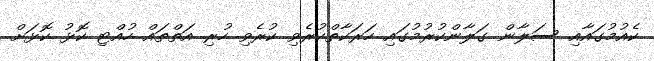
ކެއުމުގައާއި ސަލާން ގަލާންކުރުމުގައި ހަރަކާތްކުރެވި ކުރެވި ހުރި އަތްތައް ހުއްޓި ކޮޅު ކޮޅަށް